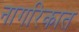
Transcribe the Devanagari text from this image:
नागरिकात